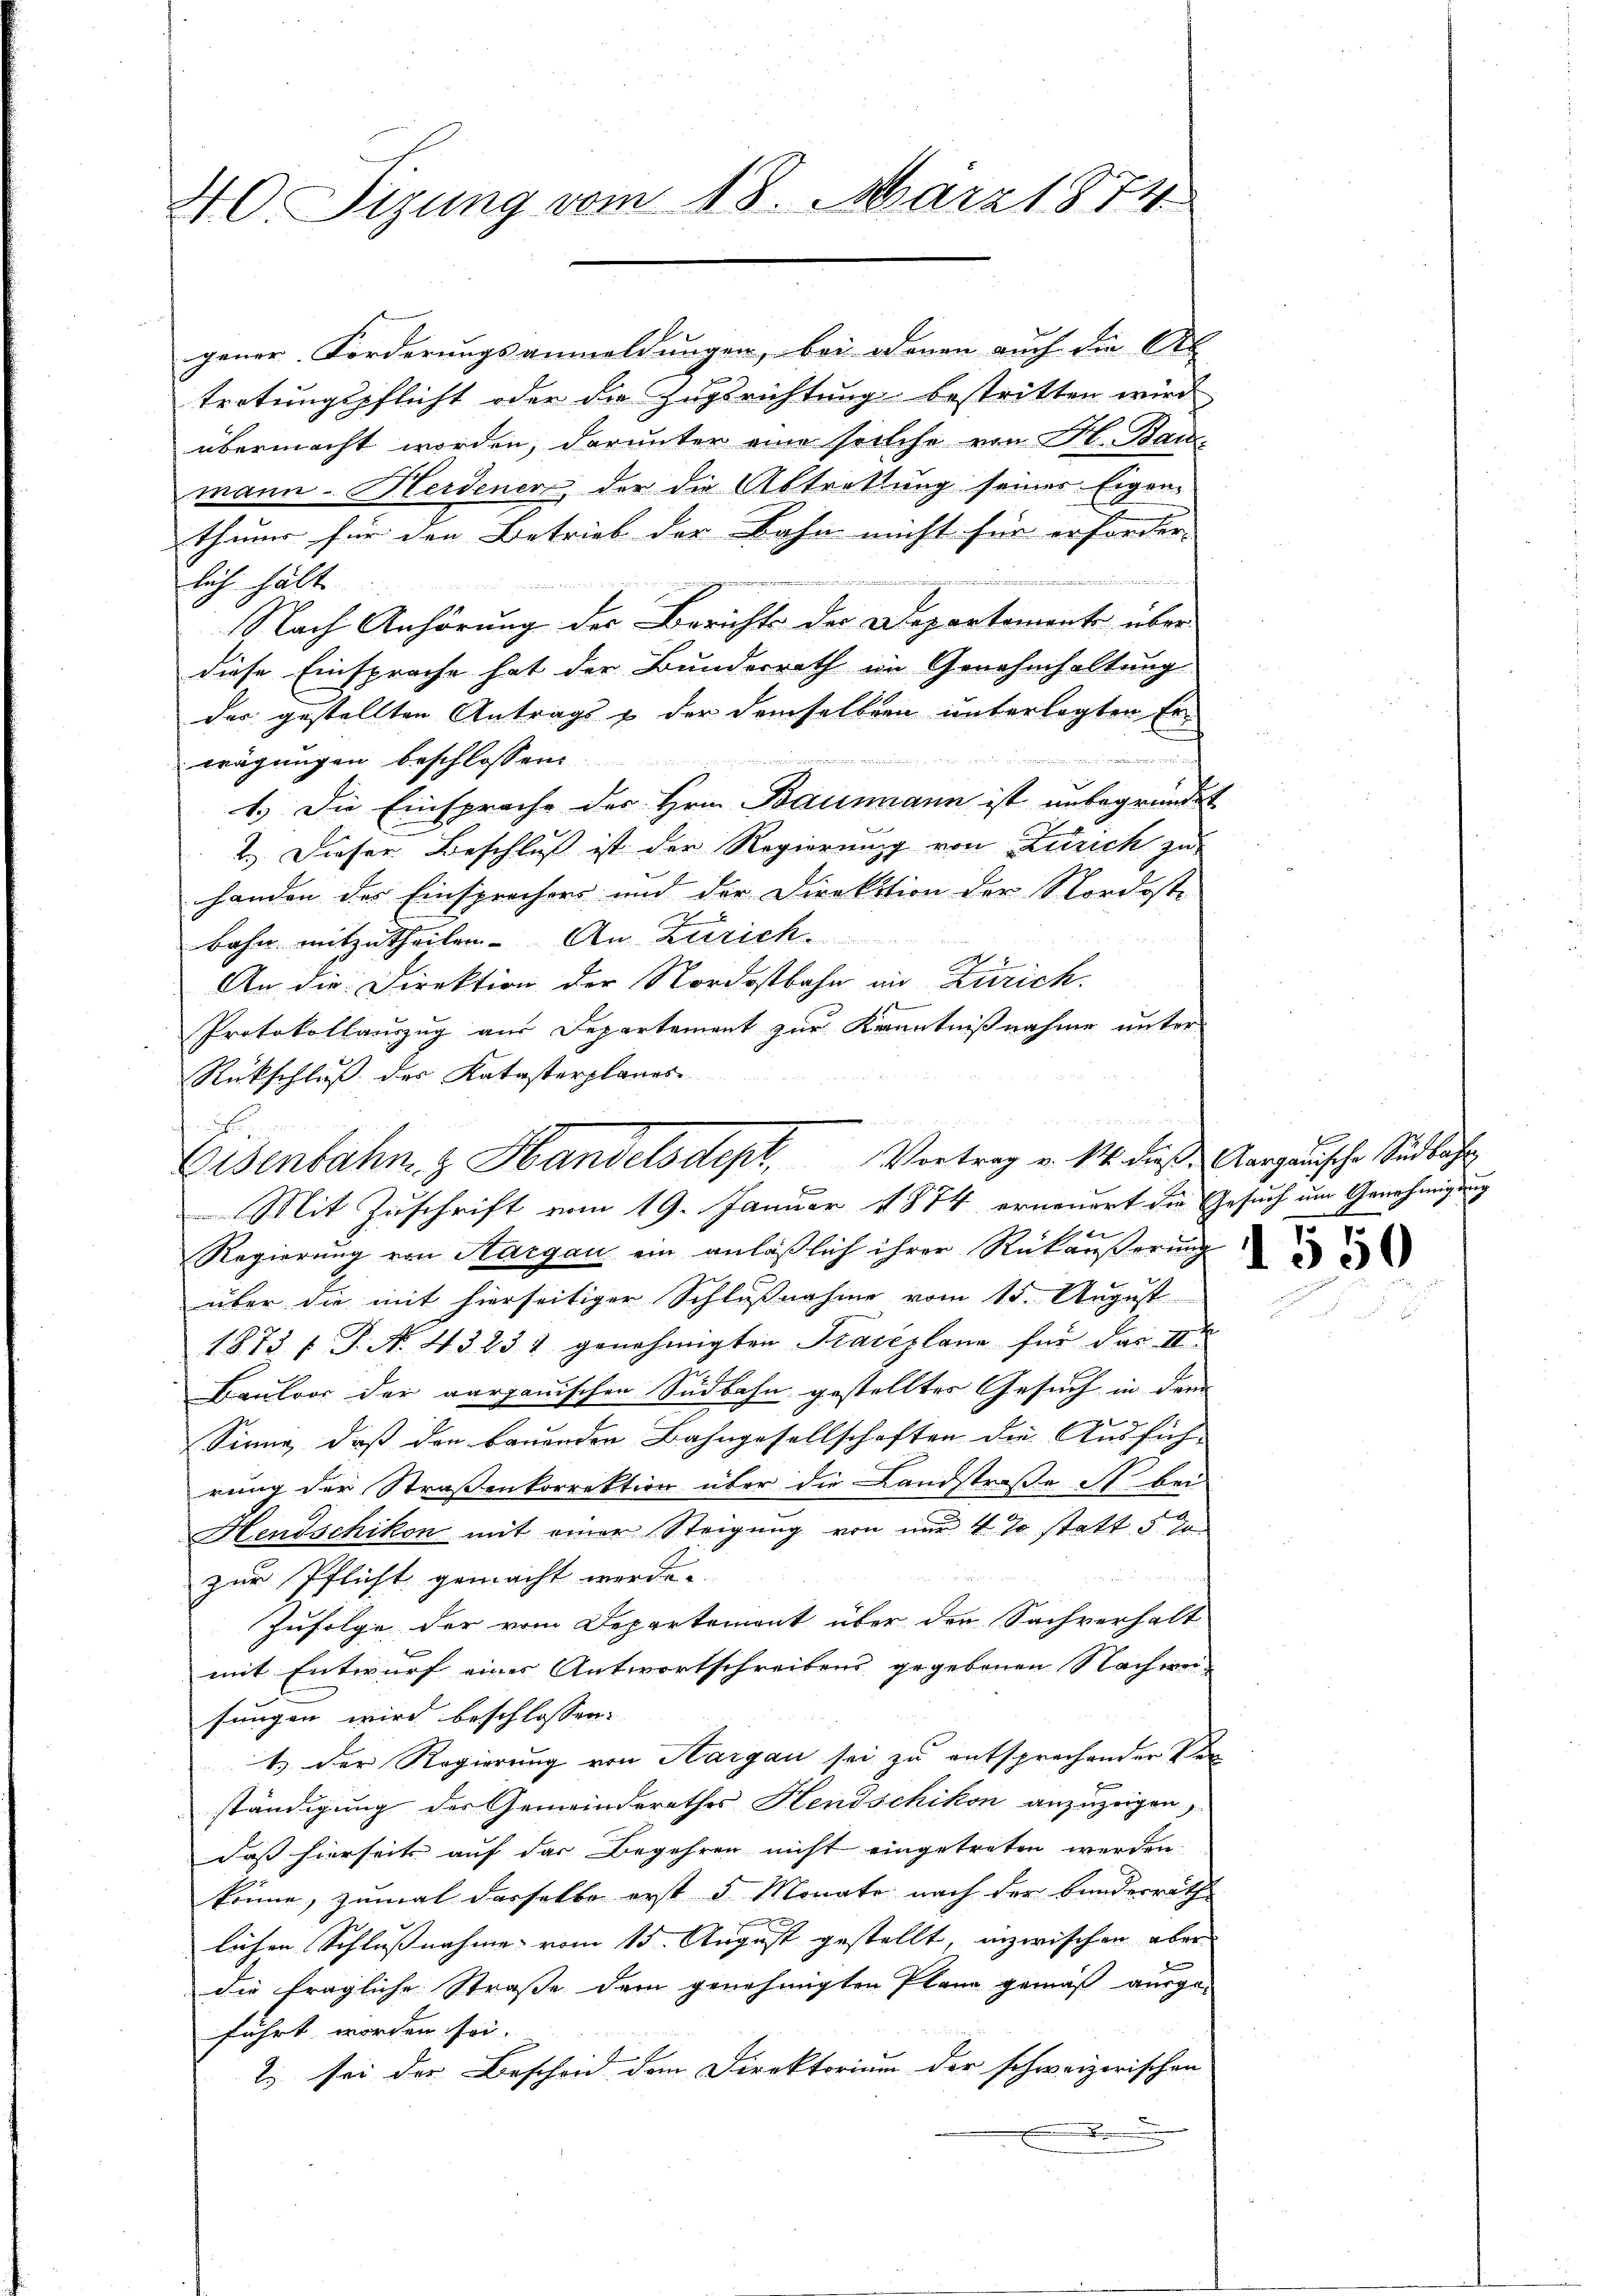
40. Sizung vom 18. März 1874

gener Forderungsanmeldungen, bei denen auch die Ab- |
tretungspflicht oder die Zugsrichtung bestritten wird,
übermacht worden, darunter eine solche von H. Baumann - Herdener der die Abtrettung seiner Eigen-
thums für den Betrieb der Bahn nicht für erforder- |

winen in ein
lich hält

Nach Anhörung des Berichts der Departemente über
diese Einsprache hat der Bundesrath im Genehmhaltung
der gestellten Antrags & der demselben unterlegten Ere
wägungen beschlossen.
1.) Die Einsprache des Hrn. Baumann ist unbegründet
2.) Dieser Beschluß ist der Regierung von Zürich zu
handen des Einsprachers und der Direktion der Nordoste
x
x
bahn mitzutheilen. An Zürich.
2
An die Direktion der Nordostbahn in Zürich.
Protokollauszug aus Departement zur Kenntnißnahme unter
Rückschluß des Katasterplanes
Regierung von Aargau ein anläßlich ihrer Rückäußerung
über die mit hierseitiger Schlußnahme vom 15. August
1873 f. J. N. 43231 genehmigten Kraceplane für das II.
Bauloor der aarganischen Südbahn gestelltes Gesuch in dem
Sinne, daß den bauenden Bahngesellschaften die Ausfüh-
rung der Straßenkorrektion über die Landstraße St. bei
Hendschikon mit einer Steigung von nur 4 % statt 5 %
zur Pflicht gemacht werde.
Zufolge der vom Departemont über den Sachverhalt
mit Entwurf eines Antwortschreibens gegebenen Nachweisungen wird beschlossen.
1.) Der Regierung von Hargau sei zu entsprechender Ver
ständigung der Gemeinderathes Hendschikon anzuzeigen,
daß hierseits auf das Begehren nicht eingetreten werden.
könne, zumal derselbe erst d. Monate nach der Bunderrath
lichen Schlussnahme vom 15. August gestellt, inzwischen aber
die fragliche Strasse dem genehmigten Plane gemäß ausge-
führt worden sei.
2.) sei der Beschon dem Direktorium der schweizerischen

Eisenbahn, z. Handelsdept, Vortrag v. M. dieß. Aargauische Sandbahr
g
Mit Zuschrift vom 19. Januar 1874 erneuert die Gesuch um Genehmigung
x

p

1500